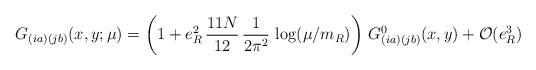
LaTeX: \begin{align*}G_{(ia)(jb)}(x,y;\mu)=\left(1+ e_R^2\, {11 N\over 12}\,{1\over 2\pi^2}\ {\log}(\mu/m_R)\right)\, G^0_{(ia)(jb)}(x,y) +{\cal O}(e_R^3)\end{align*}